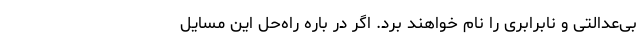
بی‌عدالتی و نابرابری را نام خواهند برد. اگر در باره راه‌حل این مسایل